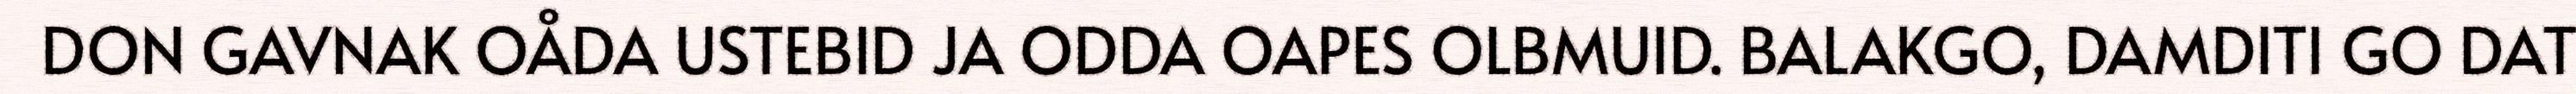
DON GAVNAK OÅDA USTEBID JA ODDA OAPES OLBMUID. BALAKGO, DAMDITI GO DAT